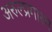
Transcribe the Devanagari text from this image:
अरुल्प्रगास्म